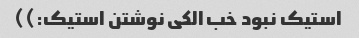
استیک نبود خب الکی نوشتن استیک:))